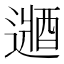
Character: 𲅳